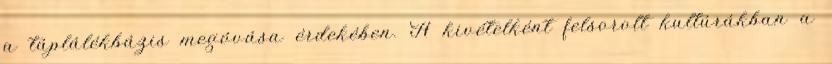
a táplálékbázis megóvása érdekében. A kivételként felsorolt kultúrákban a